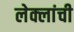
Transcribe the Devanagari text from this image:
लेक्लांची